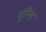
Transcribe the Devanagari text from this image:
मुनिन्ह